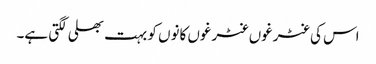
اس کی غٹرغوں غٹرغوں کانوں کو بہت بھلی لگتی ہے۔